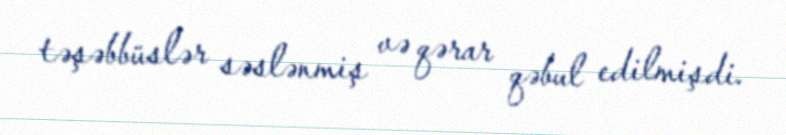
təşəbbüslər səslənmiş və qərar qəbul edilmişdi.